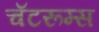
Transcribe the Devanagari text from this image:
चॅटरूम्स